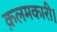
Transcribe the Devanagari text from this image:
क़लमकारी।